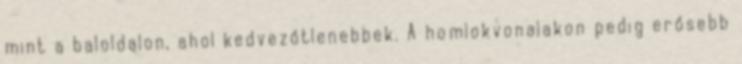
mint a baloldalon, ahol kedvezőtlenebbek. A homlokvonalakon pedig erősebb